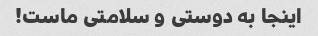
اینجا به دوستی و سلامتی ماست!